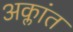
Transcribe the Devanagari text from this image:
अक्लांत